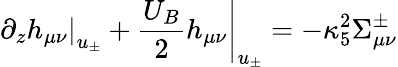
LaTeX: \left.\partial_{z}h_{\mu\nu}\right|_{u_{\pm}}+\left.\frac{U_{B}}{2}h_{\mu\nu}\right|_{u_{\pm}}=-\kappa_{5}^{2}\Sigma_{\mu\nu}^{\pm}